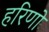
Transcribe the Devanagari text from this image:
हरिणो